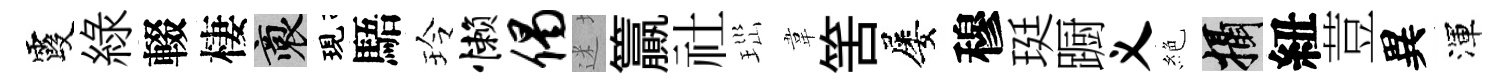
霞綠輟棲裔現䮏玲懒偈迷籯社𤤼韋筈屡穆珽蹰义絶攝紐荳異渾